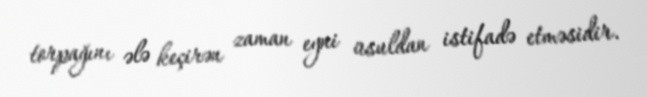
torpağını ələ keçirən zaman eyni üsuldan istifadə etməsidir.